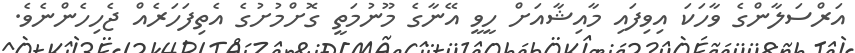
އަރްސަލާންގެ ވާހަކަ އިވިފައި މާއިޝާއަށް ހީވީ އޭނާގެ މޫނުމަތީ ގޮށްމުށުގެ އެތިފަހަރެއް ޖެހިހެންނެވެ.